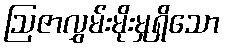
ဩဇာလွှမ်းမိုးမှုရှိသော